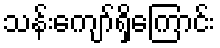
သန်းကျော်ရှိကြောင်း